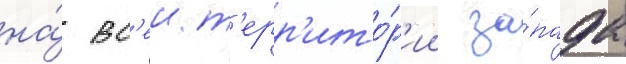
на́ вс'еи т'ерр'ито́р'ии за́пада